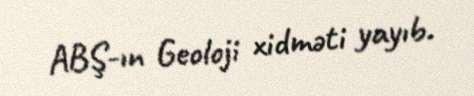
ABŞ-ın Geoloji xidməti yayıb.